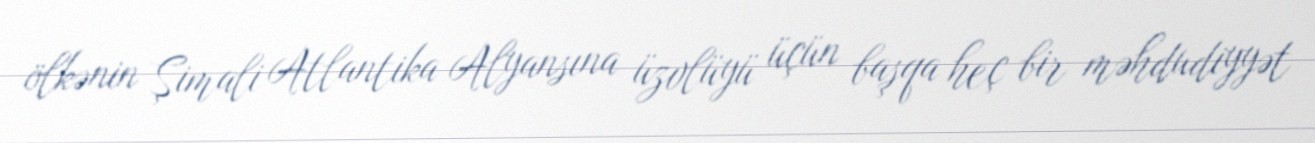
ölkənin Şimali Atlantika Alyansına üzvlüyü üçün başqa heç bir məhdudiyyət